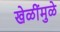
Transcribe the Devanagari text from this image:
खेळींमुळे